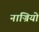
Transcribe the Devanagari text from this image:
नाज्रियो